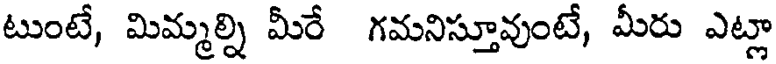
టుంటే, మిమ్మల్ని మీరే గమనిస్తూవుంటే, మీరు ఎట్లా